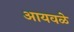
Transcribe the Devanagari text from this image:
आयवळे